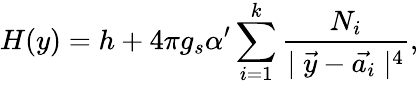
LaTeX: H(y)=h+4\pi g_{s}\alpha^{\prime}\sum_{i=1}^{k}\frac{N_{i}}{\mid\vec{y}-\vec{a_{i}}\mid^{4}},